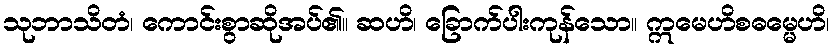
သုဘာသိတံ၊ ကောင်းစွာဆိုအပ်၏။ ဆဟိ၊ ခြောက်ပါးကုန်သော။ ဣမေဟိစဓမ္မေဟိ၊